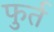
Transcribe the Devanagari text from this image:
फुर्त